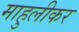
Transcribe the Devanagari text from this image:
माहुलीकर